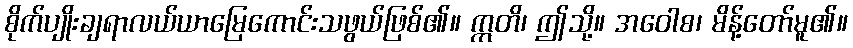
စိုက်ပျိုးချရာလယ်ယာမြေကောင်းသဖွယ်ဖြစ်၏။ ဣတိ၊ ဤသို့။ အဝေါစ၊ မိန့်တော်မူ၏။